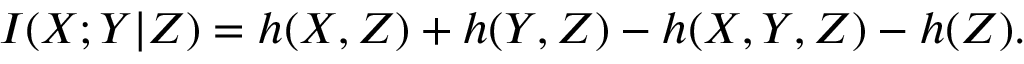
I ( X ; Y | Z ) = h ( X , Z ) + h ( Y , Z ) - h ( X , Y , Z ) - h ( Z ) .